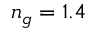
n _ { g } = 1 . 4